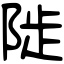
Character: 𨺗